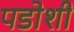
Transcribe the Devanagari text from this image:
पडोशी